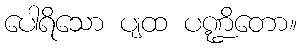
ပေါရိသော ပျထ ပဏ္ဍိတော။